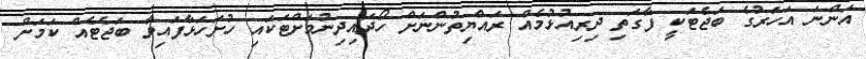
އަންނަ އަހަރުގެ ބަޖެޓަކީ ފާގަތި ދިރިއުޅުމެއް ރައްޔިތުންނަށް ހޯދައިދިނުމަށްޓަކައި ހުށަހަޅާފައިވާ ބަޖެޓެއް ކަމަށް